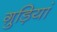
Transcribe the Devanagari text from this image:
ग़ुड़ियां